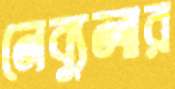
নেব্যুলার